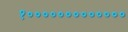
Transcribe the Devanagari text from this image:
१०००००००००००००